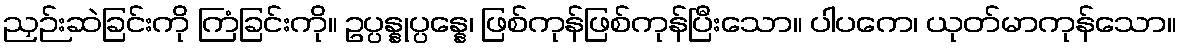
ညှဉ်းဆဲခြင်းကို ကြံခြင်းကို။ ဥပ္ပန္နုပ္ပန္နေ၊ ဖြစ်ကုန်ဖြစ်ကုန်ပြီးသော။ ပါပကေ၊ ယုတ်မာကုန်သော။